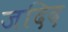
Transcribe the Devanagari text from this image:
जदिद